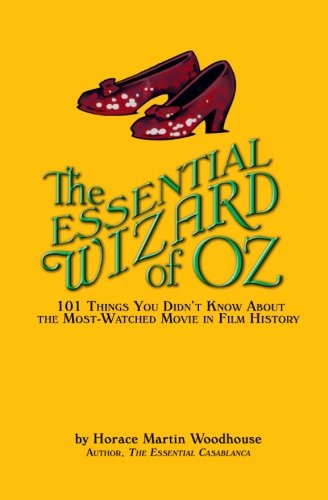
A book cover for The Essential Wizard of Oz: 101 Things You Didn't Know About the Most-Watched Movie in Film History; Horace Martin Woodhouse; Humor & Entertainment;